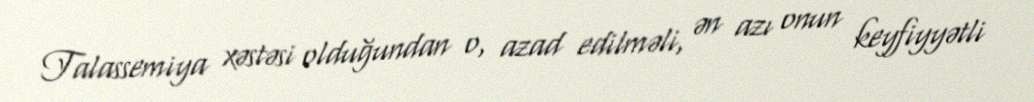
Talassemiya xəstəsi olduğundan o, azad edilməli, ən azı onun keyfiyyətli